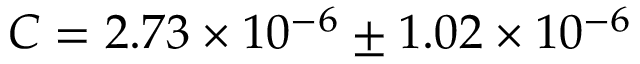
C = 2 . 7 3 \times 1 0 ^ { - 6 } \pm 1 . 0 2 \times 1 0 ^ { - 6 }